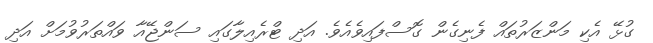
ގުޅޭ އެކި މަންޒަރުތައް ފެނިގެން ގޮސްފައިވެއެވެ. އަދި ޓްރެއިލާގައި ސަންޖޭއާ ވައްތަރުވުމަށް އަދި